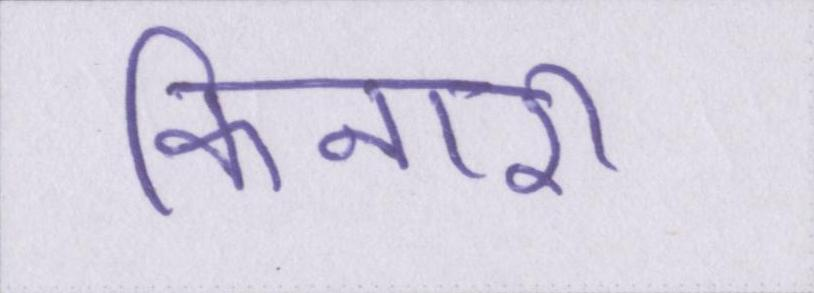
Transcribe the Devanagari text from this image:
किनारी